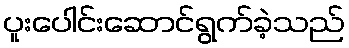
ပူးပေါင်းဆောင်ရွက်ခဲ့သည်